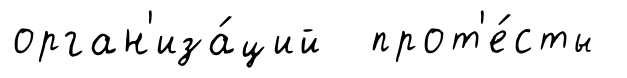
орган'иза́ций прот'е́сты